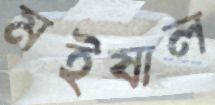
মইষাল